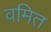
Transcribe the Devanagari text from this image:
वमित